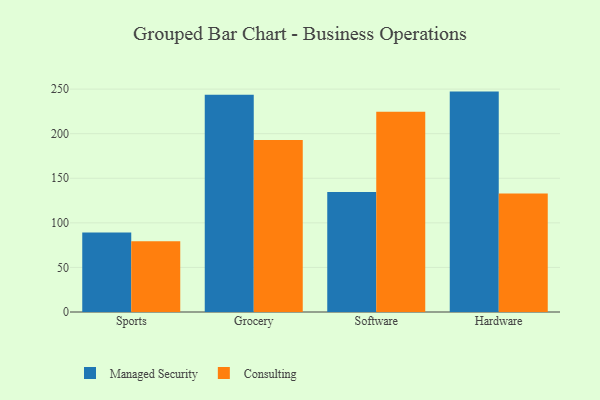
{"axis": {"x": "Category", "y": "Market Share (%)"}, "legend": ["Consulting", "Managed Security"], "data": [{"x": "Sports", "y": 89.1, "type": "Managed Security"}, {"x": "Sports", "y": 79.4, "type": "Consulting"}, {"x": "Grocery", "y": 243.8, "type": "Managed Security"}, {"x": "Grocery", "y": 193.0, "type": "Consulting"}, {"x": "Software", "y": 134.7, "type": "Managed Security"}, {"x": "Software", "y": 224.7, "type": "Consulting"}, {"x": "Hardware", "y": 247.2, "type": "Managed Security"}, {"x": "Hardware", "y": 133.0, "type": "Consulting"}]}